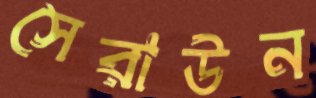
সেরাউন